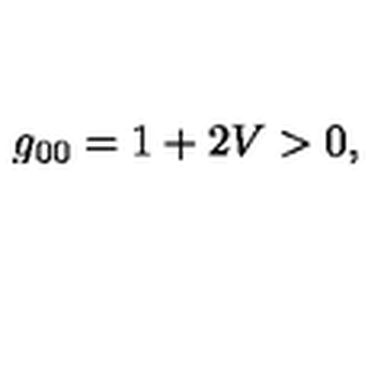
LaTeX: g _ { 0 0 } = 1 + 2 V > 0 ,